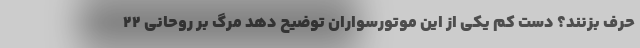
حرف بزنند؟ دست کم یکی از این موتورسواران توضیح دهد مرگ بر روحانی 22